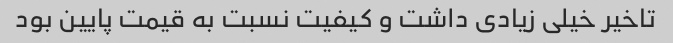
تاخیر خیلی زیادی داشت و کیفیت نسبت به قیمت پایین بود